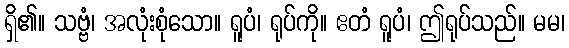
ရှိ၏။ သဗ္ဗံ၊ အလုံးစုံသော။ ရူပံ၊ ရုပ်ကို။ ဧတံ ရူပံ၊ ဤရုပ်သည်။ မမ၊